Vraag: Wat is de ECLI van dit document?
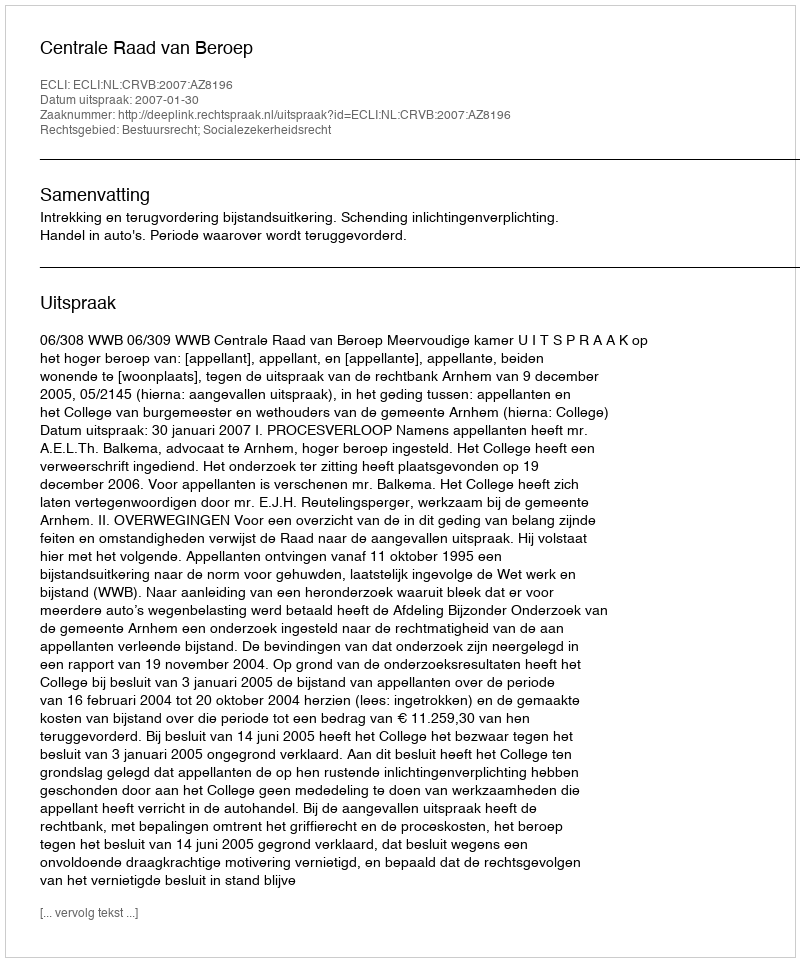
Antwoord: ECLI:NL:CRVB:2007:AZ8196